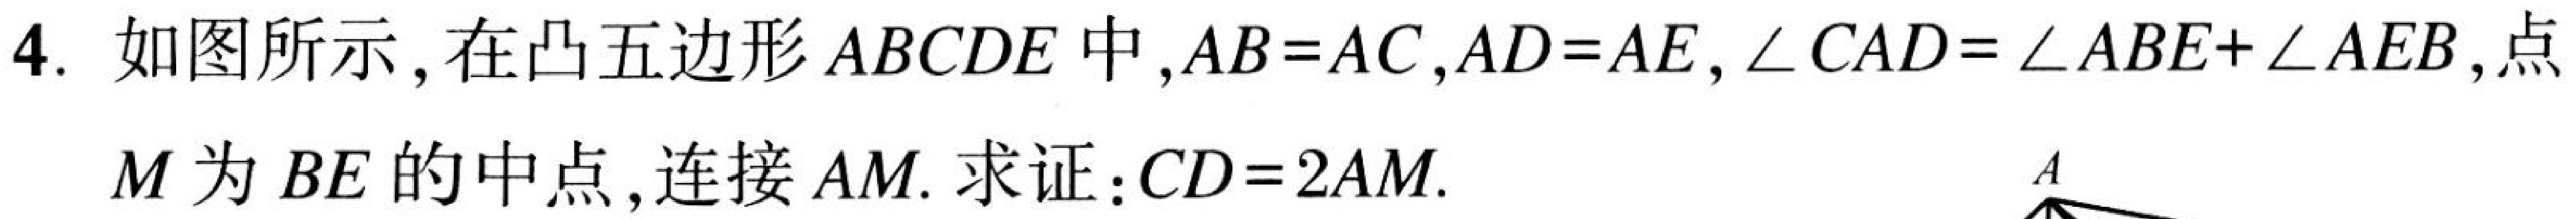
4. 如图所示，在凸五边形 \(ABCDE\) 中，\(AB = AC\)，\(AD = AE\)，\(\angle CAD=\angle ABE+\angle AEB\)，点
\(M\) 为 \(BE\) 的中点，连接 \(AM\). 求证：\(CD = 2AM\).